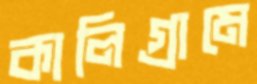
কালিগ্রামে